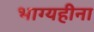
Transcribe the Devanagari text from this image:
भाग्यहीना